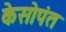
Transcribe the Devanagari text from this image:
केसोपंत